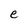
Character: e